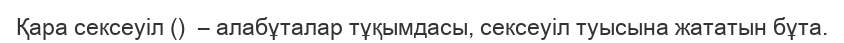
Қара сексеуіл ()  – алабұталар тұқымдасы, сексеуіл туысына жататын бұта.